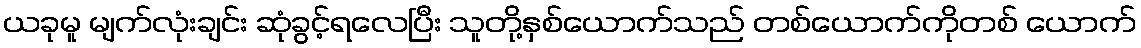
ယခုမူ မျက်လုံးချင်း ဆုံခွင့်ရလေပြီး သူတို့နှစ်ယောက်သည် တစ်ယောက်ကိုတစ် ယောက်